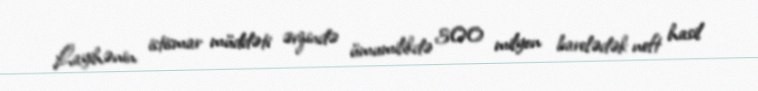
Layihənin istismar müddəti ərzində ümumilikdə 300 milyon barelədək neft hasil